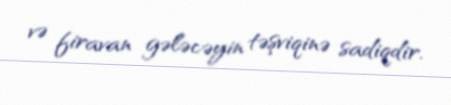
və firavan gələcəyin təşviqinə sadiqdir.